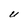
Character: U